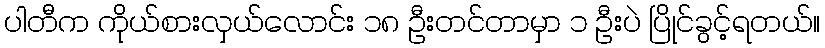
ပါတီက ကိုယ်စားလှယ်လောင်း ၁၈ ဦးတင်တာမှာ ၁ ဦးပဲ ပြိုင်ခွင့်ရတယ်။